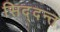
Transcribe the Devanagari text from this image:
सिद्दन्त